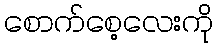
စောက်စေ့လေးကို